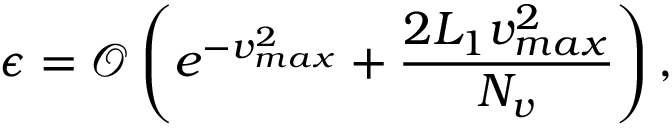
\epsilon = \mathcal { O } \left( e ^ { - v _ { m a x } ^ { 2 } } + \frac { 2 L _ { 1 } v _ { m a x } ^ { 2 } } { N _ { v } } \right) ,